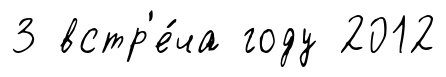
3 встр'е́ча году 2012